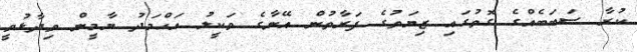
ކުރާ ސަބަބެއްގެ ގޮތުގައި ޒިޔަތުގެ ފަރާތުން އޭނާގެ ވަކީލު އަހްމަދު ޔާމީން ވިދާޅުވީ